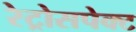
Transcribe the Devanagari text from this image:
रेट्रोसपेक्ट